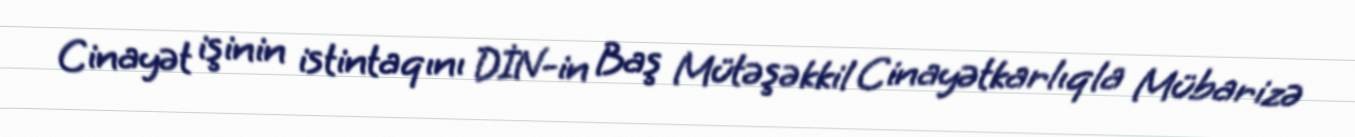
Cinayət işinin istintaqını DİN-in Baş Mütəşəkkil Cinayətkarlıqla Mübarizə